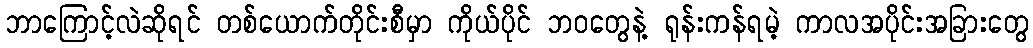
ဘာကြောင့်လဲဆိုရင် တစ်ယောက်တိုင်းစီမှာ ကိုယ်ပိုင် ဘဝတွေနဲ့ ရုန်းကန်ရမဲ့ ကာလအပိုင်းအခြားတွေ